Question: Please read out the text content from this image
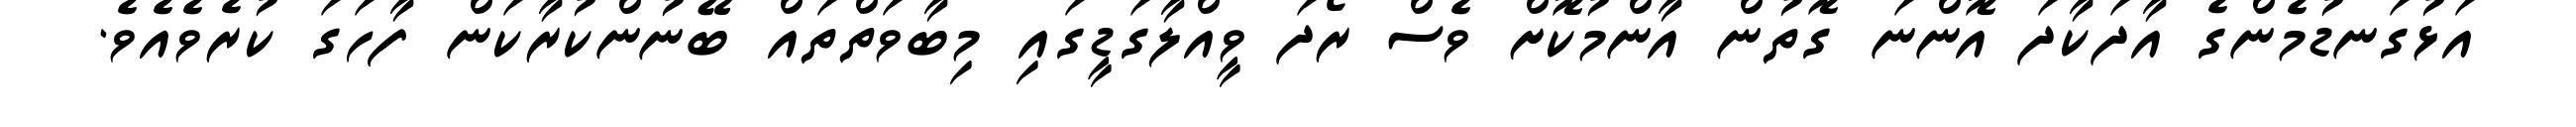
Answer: އަޅުގަނޑުމެންގެ އާދަކާދަ އޮންނަ ގޮތުން އާންމުކޮށް ވެސް ރޯދަ ވީއްލާގަޑީގައި މިބާވަތްތައް ބޭނުންކުރާކަން ފާހަގަ ކުރެވެއެވެ.